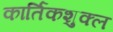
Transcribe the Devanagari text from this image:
कार्तिकशुक्ल